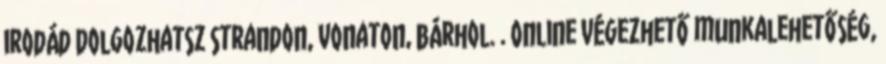
irodád Dolgozhatsz strandon, vonaton, bárhol. . Online végezhető munkalehetőség,